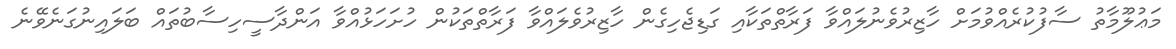
މަޢުލޫމާތު ސާފުކުރެއްވުމަށް ހާޒިރުވެނުލައްވާ ފަރާތްތަކާއި ގަޑިޖެހިގެން ހާޒިރުވެލައްވާ ފަރާތްތަކުން ހުށަހަޅުއްވާ އަންދާސީހިސާބުތައް ބަލައިނުގަނެވޭނެ